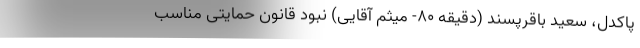
پاکدل، سعید باقرپسند (دقیقه ۸۰- میثم آقایی) نبود قانون حمایتی مناسب